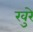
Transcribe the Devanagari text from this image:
खुरे